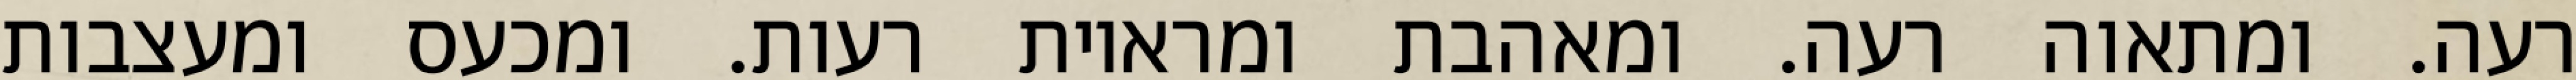
רעה. ומתאוה רעה. ומאהבת ומראיות רעות. ומכעס ומעצבות